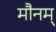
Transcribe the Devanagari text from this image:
मौनम्